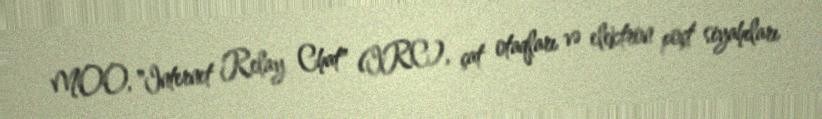
MOO, "Internet Relay Chat" (IRC), çat otaqları və elektron poçt siyahıları